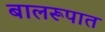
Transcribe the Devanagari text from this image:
बालरूपात